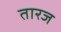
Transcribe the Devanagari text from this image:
तारज